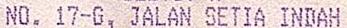
NO. 17-G, JALAN SETIA INDAH